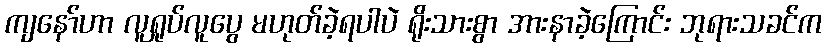
ကျနော်ဟာ လူရှုပ်လူပွေ မဟုတ်ခဲ့ရပါပဲ ရိုးသားစွာ အားနာခဲ့ကြောင်း ဘုရားသခင်က